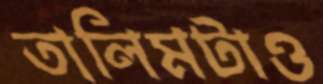
তালিমটাও